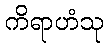
ကိရာဟံသု